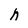
Character: n